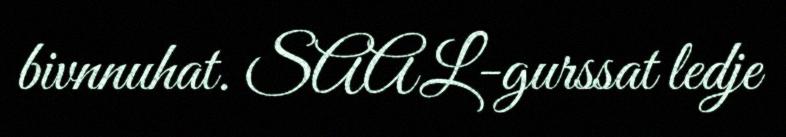
bivnnuhat. SAAL-gurssat ledje